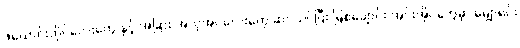
ဖယောင်းတိုင်လေးတွေ နှင့် အခြား အလှအပလေးတွေ ဆင်ယင်ပြီး မြစ်ချောင်း အင်းအိုင်တွေမှာ မျှောရင်း